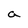
Character: a